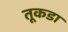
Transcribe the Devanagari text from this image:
तूकडा